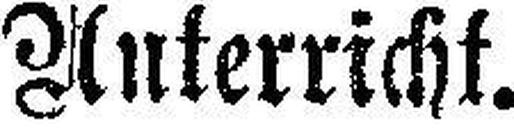
Unterricht.